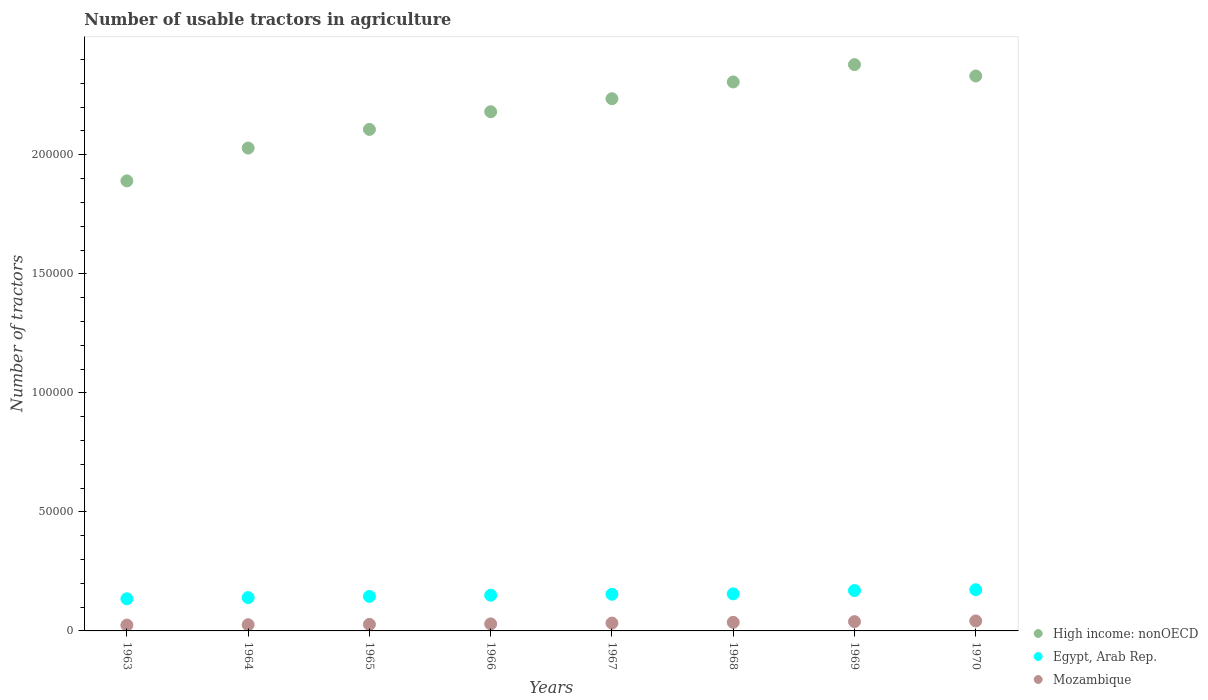
| Years | High income: nonOECD | Egypt, Arab Rep. | Mozambique |
 | --- | --- | --- | --- |
 | 1963 | 1.89e+05 | 1.35e+04 | 2.45e+03 |
 | 1964 | 2.03e+05 | 1.4e+04 | 2.6e+03 |
 | 1965 | 2.11e+05 | 1.45e+04 | 2.75e+03 |
 | 1966 | 2.18e+05 | 1.5e+04 | 2.95e+03 |
 | 1967 | 2.24e+05 | 1.54e+04 | 3.3e+03 |
 | 1968 | 2.31e+05 | 1.56e+04 | 3.6e+03 |
 | 1969 | 2.38e+05 | 1.7e+04 | 3.9e+03 |
 | 1970 | 2.33e+05 | 1.73e+04 | 4.19e+03 |